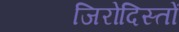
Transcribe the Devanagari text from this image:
जिरोदिस्तों